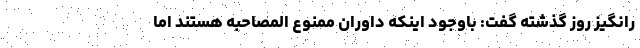
رانگیز روز گذشته گفت: باوجود اینکه داوران ممنوع المصاحبه هستند اما